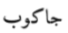
جاكوب